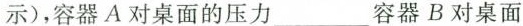
示)，容器A对桌面的压力___容器B对桌面